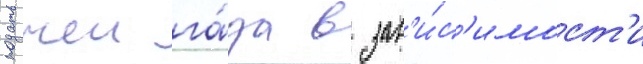
подачеи га́за в зав'и́с'имост'и